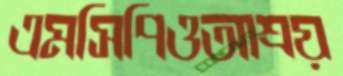
এমসিপিওআশ্রয়